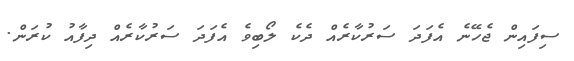
ސިފައިން ޖެހޭނެ އެފަދަ ސަރުކާރެއް ދެކެ ލޯބިވެ އެފަދަ ސަރުކާރެއް ދިފާއު ކުރަން.